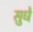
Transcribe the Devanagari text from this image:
सुधे